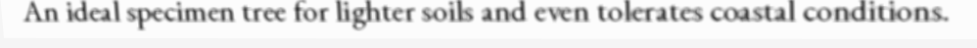
An ideal specimen tree for lighter soils and even tolerates coastal conditions.